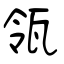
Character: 瓴